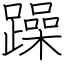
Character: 躁